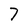
Character: 7